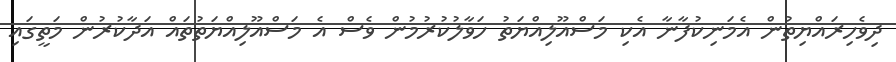
ދިވެހިރައްޔިތުން އެމަނިކުފާނާ އެކި މަސްއޫލިއްޔަތު ހަވާލުކުރުމުން ވެސް އެ މަސްއޫލިއްޔަތުތައް އަދާކުރުން މަތީގައި